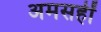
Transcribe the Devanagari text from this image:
अमसहीं